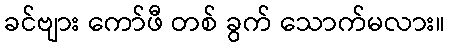
ခင်ဗျား ကော်ဖီ တစ် ခွက် သောက်မလား။